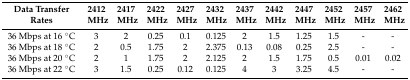
<table><thead><tr><td><b>Data Transfer Rates</b></td><td><b>2412 MHz</b></td><td><b>2417 MHz</b></td><td><b>2422 MHz</b></td><td><b>2427 MHz</b></td><td><b>2432 MHz</b></td><td><b>2437 MHz</b></td><td><b>2442 MHz</b></td><td><b>2447 MHz</b></td><td><b>2452 MHz</b></td><td><b>2457 MHz</b></td><td><b>2462 MHz</b></td></tr></thead><tbody><tr><td>36 Mbps at 16 °C</td><td>3</td><td>2</td><td>0.25</td><td>0.1</td><td>0.125</td><td>2</td><td>1.5</td><td>1.25</td><td>1.5</td><td>-</td><td>-</td></tr><tr><td>36 Mbps at 18 °C</td><td>2</td><td>0.5</td><td>1.75</td><td>2</td><td>2.375</td><td>0.13</td><td>0.08</td><td>0.25</td><td>2.5</td><td>-</td><td>-</td></tr><tr><td>36 Mbps at 20 °C</td><td>2</td><td>1</td><td>1.75</td><td>2</td><td>2.125</td><td>2</td><td>1.5</td><td>1.75</td><td>0.5</td><td>0.01</td><td>0.02</td></tr><tr><td>36 Mbps at 22 °C</td><td>3</td><td>1.5</td><td>0.25</td><td>0.12</td><td>0.125</td><td>4</td><td>3</td><td>3.25</td><td>4.5</td><td>-</td><td>-</td></tr></tbody></table>